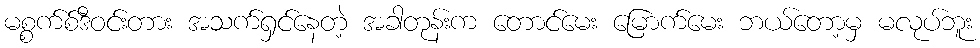
မစ္စက်စ်ဒီဝင်းတား အသက်ရှင်နေတဲ့ အခါတုန်းက တောင်မေး မြောက်မေး ဘယ်တော့မှ မလုပ်ဘူး